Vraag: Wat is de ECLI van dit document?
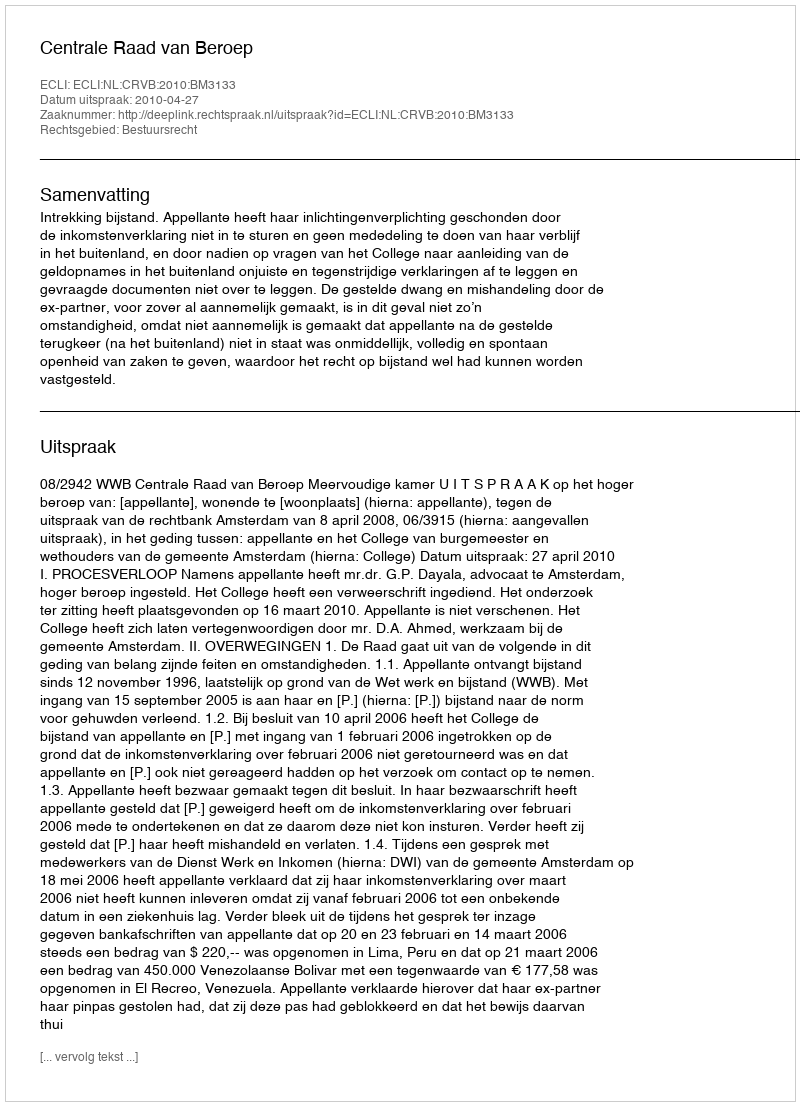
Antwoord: ECLI:NL:CRVB:2010:BM3133